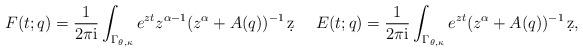
LaTeX: \begin{align*} \begin{aligned} F(t;q) = \frac{1}{2\pi\mathrm{i}} \int_{\Gamma_{\theta,\kappa}} e^{zt} z^{\alpha-1} (z^\alpha + A(q))^{-1} \,\d z~~~~E(t;q) = \frac{1}{2\pi\mathrm{i}} \int_{\Gamma_{\theta,\kappa}} e^{zt} (z^\alpha +A(q))^{-1}\,\d z, \end{aligned}\end{align*}